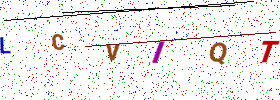
Text: LCVIQT